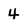
Character: 4